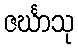
ဇင်္ဃာသု